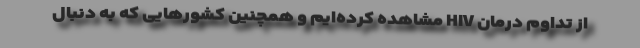
از تداوم درمان HIV مشاهده کرده‌ایم و همچنین کشورهایی که به دنبال